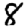
Digit: 8